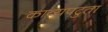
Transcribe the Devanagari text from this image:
काव्यपटुता